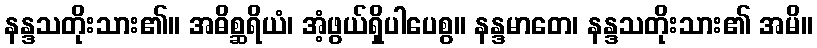
နန္ဒသတိုးသား၏။ အဓိစ္ဆရိယံ၊ အံ့ဖွယ်ရှိပါပေစွ။ နန္ဒမာတေ၊ နန္ဒသတိုးသား၏ အမိ။